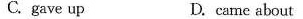
C. gave up D. came about